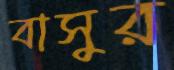
বাসুর